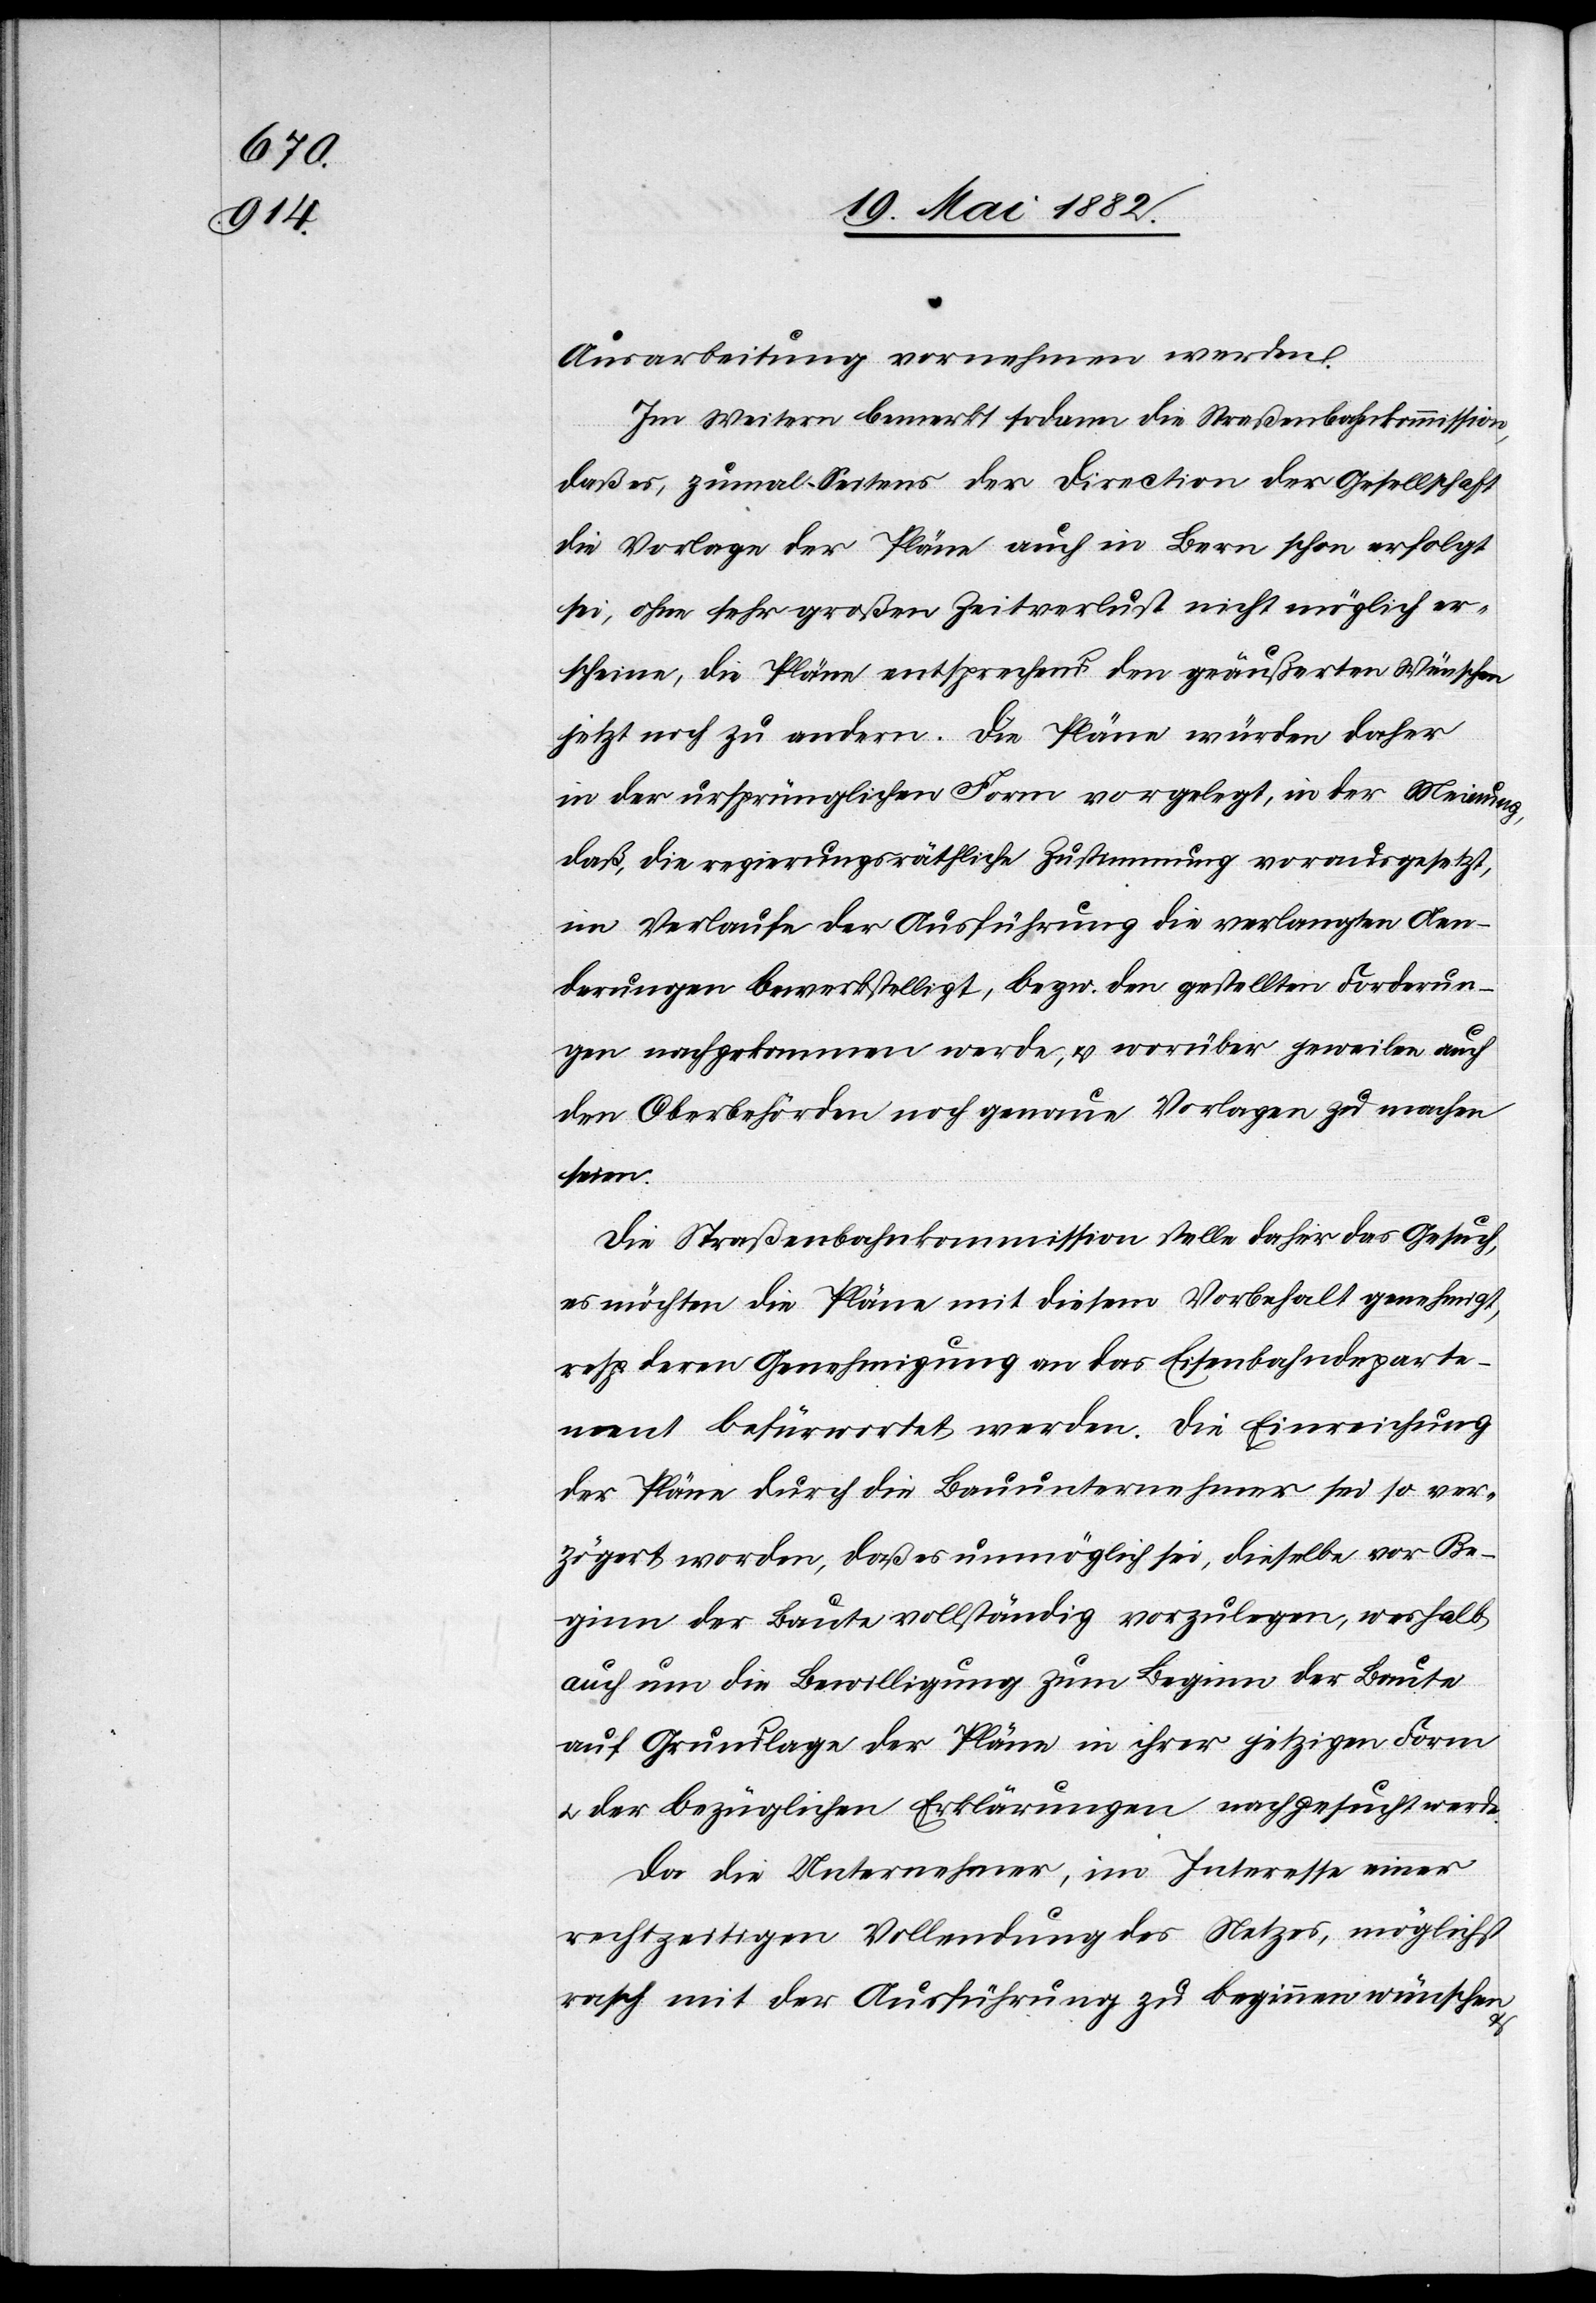
Ausarbeitung vornehmen werden.
Im Weitern bemerkt sodann die Straßenbahnkommission,
daß es, zumal Seitens der Direction der Gesellschaft
die Vorlage der Pläne auch in Bern schon erfolgt
sei, ohne sehr großen Zeitverlust nicht möglich er¬
scheine, die Pläne entsprechend den geäußerten Wünschen
jetzt noch zu ändern. Die Pläne würden daher
in der ursprünglichen Form vorgelegt, in der Meinung,
daß die regierungsräthliche Zustimmung vorausgesetzt,
im Verlaufe der Ausführung die verlangten Aen¬
derungen bewerkstelligt, bezw. den gestellten Forderun¬
gen nachgekommen werde, & worüber jeweilen auch
den Oberbehörden noch genaue Vorlagen zu machen
seien.
Die Straßenbahnkommission stelle dahier das Gesuch,
es möchten die Pläne mit diesem Vorbehalt genehmigt,
resp. deren Genehmigung an das Eisenbahndeparte¬
ment befürwortet werden. Die Einreichung
der Pläne durch die Bauunternehmer sei so ver¬
zögert worden, daß es unmöglich sei, dieselbe[n] vor Be¬
ginn der Baute vollständig vorzulegen, weshalb
auch um die Bewilligung zum Beginn der Baute
auf Grundlage der Pläne in ihrer jetzigen Form
u. der bezüglichen Erklärungen nachgesucht werde.
Da die Unternehmer, im Interesse einer
rechtzeitigen Vollendung des Netzes, möglichst
rasch mit der Ausführung zu beginnen wünschen
&